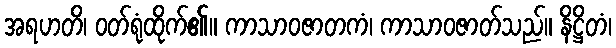
အရဟတိ၊ ဝတ်ရုံထိုက်၏။ ကာသာဝဇာတကံ၊ ကာသာဝဇာတ်သည်။ နိဋ္ဌိတံ၊